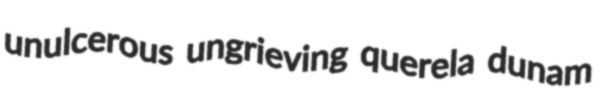
unulcerous ungrieving querela dunam